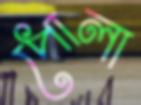
পোলা